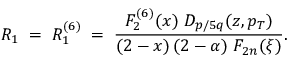
R _ { 1 } \; = \; R _ { 1 } ^ { ( 6 ) } \; = \; { \frac { F _ { 2 } ^ { ( 6 ) } ( x ) \; D _ { p \/ / 5 q } ( z , p _ { T } ) } { ( 2 - x ) \, ( 2 - \alpha ) \; F _ { 2 n } ( \xi ) } } .